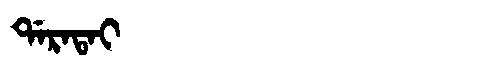
Manchu: ᡩᠠᡵᠠᡨᠠᡳ
Romanization: DARATAI